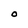
Character: O